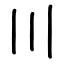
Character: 〣